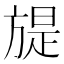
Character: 𣄍